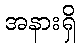
အနားရှိ